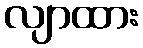
လျာထား